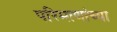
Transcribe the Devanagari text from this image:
परिमाणांच्या